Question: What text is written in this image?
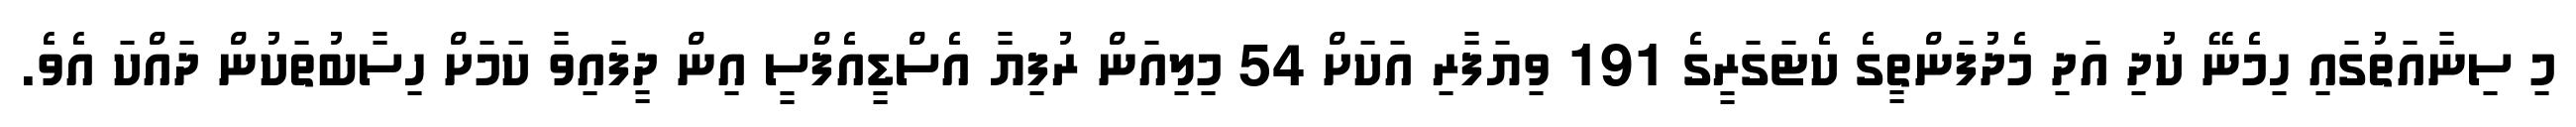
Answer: މި ސިނާއަތުގައި ހިމެނޭ ކުދި އަދި މެދުފަންތީގެ ކެޓަގަރީގެ 191 ވިޔަފާރި އަކަށް 54 މިލިއަން ރުފިޔާ އެސްޑީއެފްސީ އިން ދީފައިވާ ކަމަށް ހިސާބުތަކުން ދައްކަ އެވެ.